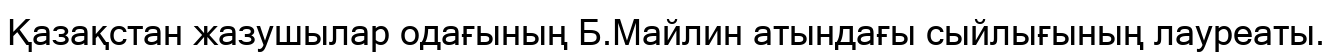
Қазақстан жазушылар одағының Б.Майлин атындағы сыйлығының лауреаты.